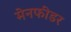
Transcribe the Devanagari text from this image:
मेनफीडर